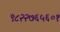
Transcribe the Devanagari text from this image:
९८२२७६५६०१